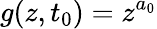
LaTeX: g(z,t_{0})=z^{a_{0}}